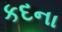
કદના